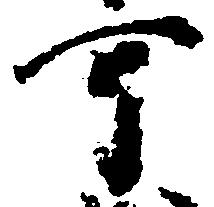
可